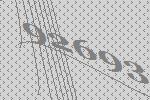
92693